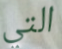
التي